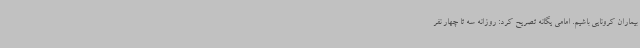
بیماران کرونایی باشیم. امامی یگانه تصریح کرد: روزانه سه تا چهار نفر